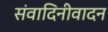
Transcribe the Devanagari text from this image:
संवादिनीवादन